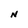
Character: N